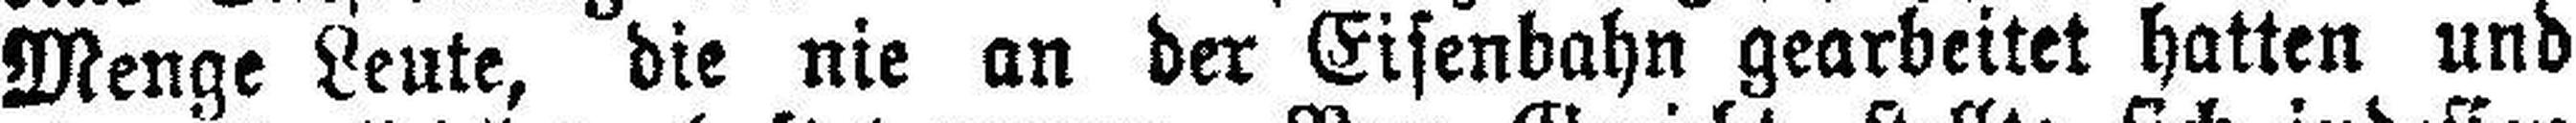
Menge Leute, die nie an der Eisenbahn gearbeitet hatten und